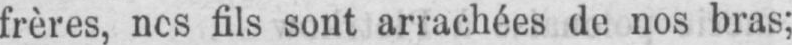
fils sont arrachées de nos bras;